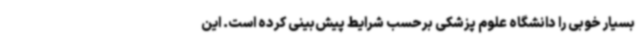
بسیار خوبی را دانشگاه علوم پزشکی برحسب شرایط پیش‌بینی کرده است. این